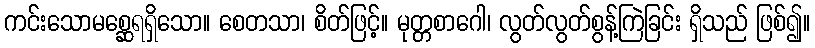
ကင်းသောမစ္ဆေရရှိသော။ စေတသာ၊ စိတ်ဖြင့်။ မုတ္တစာဂေါ၊ လွတ်လွတ်စွန့်ကြဲခြင်း ရှိသည် ဖြစ်၍။